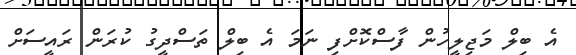
އެ ބިލް މަޖިލީހުން ފާސްކޮށްފި ނަމަ އެ ބިލް ތަސްދީގު ކުރަން ރައީސަށް